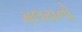
મલયનો